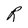
Character: R